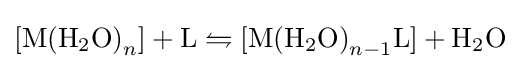
\mathrm {[M(H_{2}O)} _{n}]+\mathrm {L} \leftrightharpoons \mathrm {[M(H_{2}O)} _{n-1}\mathrm {L} ]+\mathrm {H_{2}O}